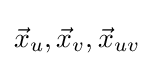
{\vec {x}}_{u},{\vec {x}}_{v},{\vec {x}}_{uv}